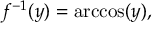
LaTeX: f ^ { - 1 } ( y ) = \operatorname { a r c c o s } ( y ) ,